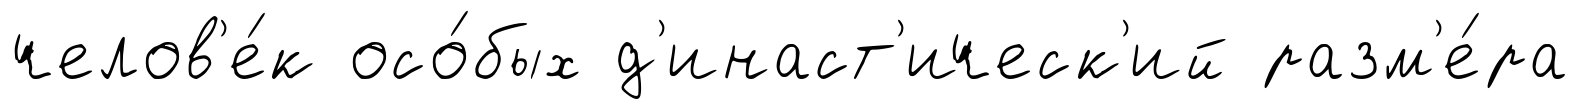
челов'е́к осо́бых д'инаст'ическ'ий разм'е́ра